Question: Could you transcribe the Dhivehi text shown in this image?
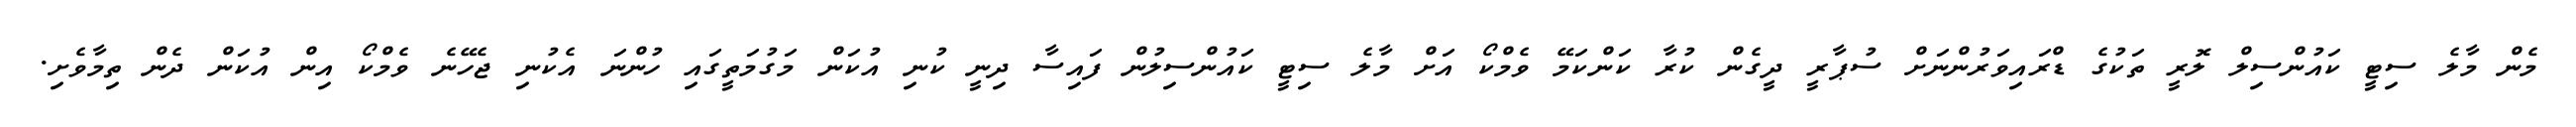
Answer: މެން މާލެ ސިޓީ ކައުންސިލް ލޮރީ ތަކުގެ ޑްރައިވަރުންނަށް ސުޕާރީ ދީގެން ކުރާ ކަންކަމޭ ވެމްކޯ އަށް މާލެ ސިޓީ ކައުންސިލުން ފައިސާ ދިނީ ކުނި އުކަން މަގުމަތީގައި ހުންނަ އެކުނި ޖެހޭނެ ވެމްކޯ އިން އުކަން ދެން ތިމާވެށި.